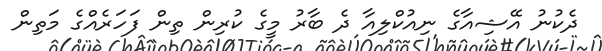
ދެކުނު އޭޝިއާގެ ނިއުކްލިއާ ދެ ބާރު މީގެ ކުރިން ތިން ފަހަރެއްގެ މަތިން